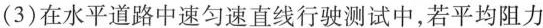
(3)在水平道路中速匀速直线行驶测试中，若平均阻力